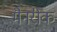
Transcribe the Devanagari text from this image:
मैनरीक